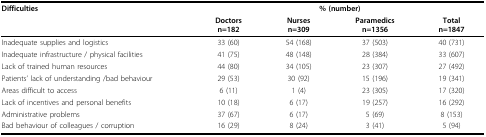
| Difficulties | <COLSPAN=4> % (number) |
 |  | Doctorsn=182 | Nursesn=309 | Paramedicsn=1356 | Totaln=1847 |
 | --- | --- | --- | --- | --- |
 | Inadequate supplies and logistics | 33 (60) | 54 (168) | 37 (503) | 40 (731) |
 | Inadequate infrastructure / physical facilities | 41 (75) | 48 (148) | 28 (384) | 33 (607) |
 | Lack of trained human resources | 44 (80) | 34 (105) | 23 (307) | 27 (492) |
 | Patients' lack of understanding /bad behaviour | 29 (53) | 30 (92) | 15 (196) | 19 (341) |
 | Areas difficult to access | 6 (11) | 1 (4) | 23 (305) | 17 (320) |
 | Lack of incentives and personal benefits | 10 (18) | 6 (17) | 19 (257) | 16 (292) |
 | Administrative problems | 37 (67) | 6 (17) | 5 (69) | 8 (153) |
 | Bad behaviour of colleagues / corruption | 16 (29) | 8 (24) | 3 (41) | 5 (94) |